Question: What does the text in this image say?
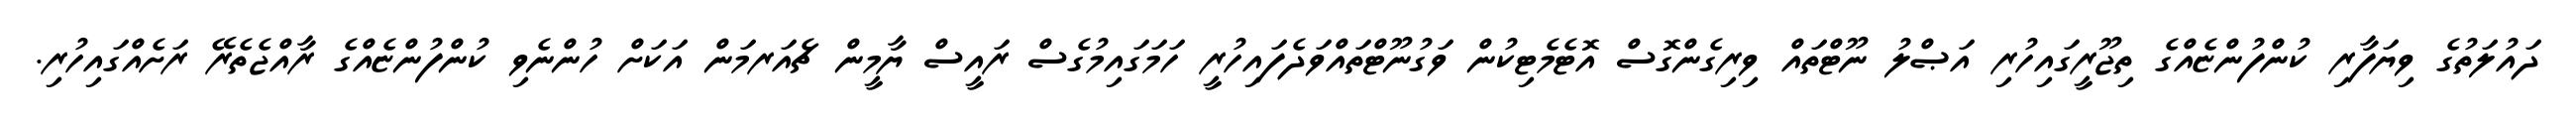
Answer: ދައުލަތުގެ ވިޔަފާރި ކުންފުންޏެއްގެ ތިޖޫރީގައިހުރި އަޞްލު ނޫޓްތައް ވިރިގެންގޮސް އޮޓެމެޓިކުން ވަގުނޫޓްތައްވަދެފައިހުރީ ހަމަގައިމުގެސް ރައީސް ޔާމީން ޗެއަރމަން އަކަށް ހުންނެވި ކުންފުންޏެއްގެ ރާއްޖެތެރޭ ރަށެއްގައިހުރި.